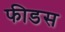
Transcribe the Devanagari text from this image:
फीडस